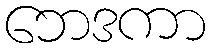
ဘေဒကာ